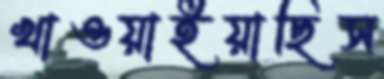
খাওয়াইয়াছিস